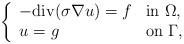
LaTeX: \begin{align*}\left\{\begin{array}{ll}-{\rm div}(\sigma \nabla u)=f & {\rm in}\ \Omega,\\u=g &{\rm on}\ \Gamma,\end{array}\right.\end{align*}